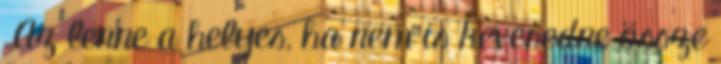
„Az lenne a helyes, ha nem is keveredne össze